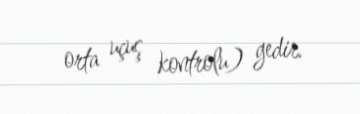
orta uçuş kontrolu) gedir.